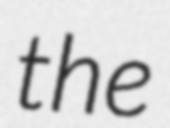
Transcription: the